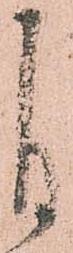
自